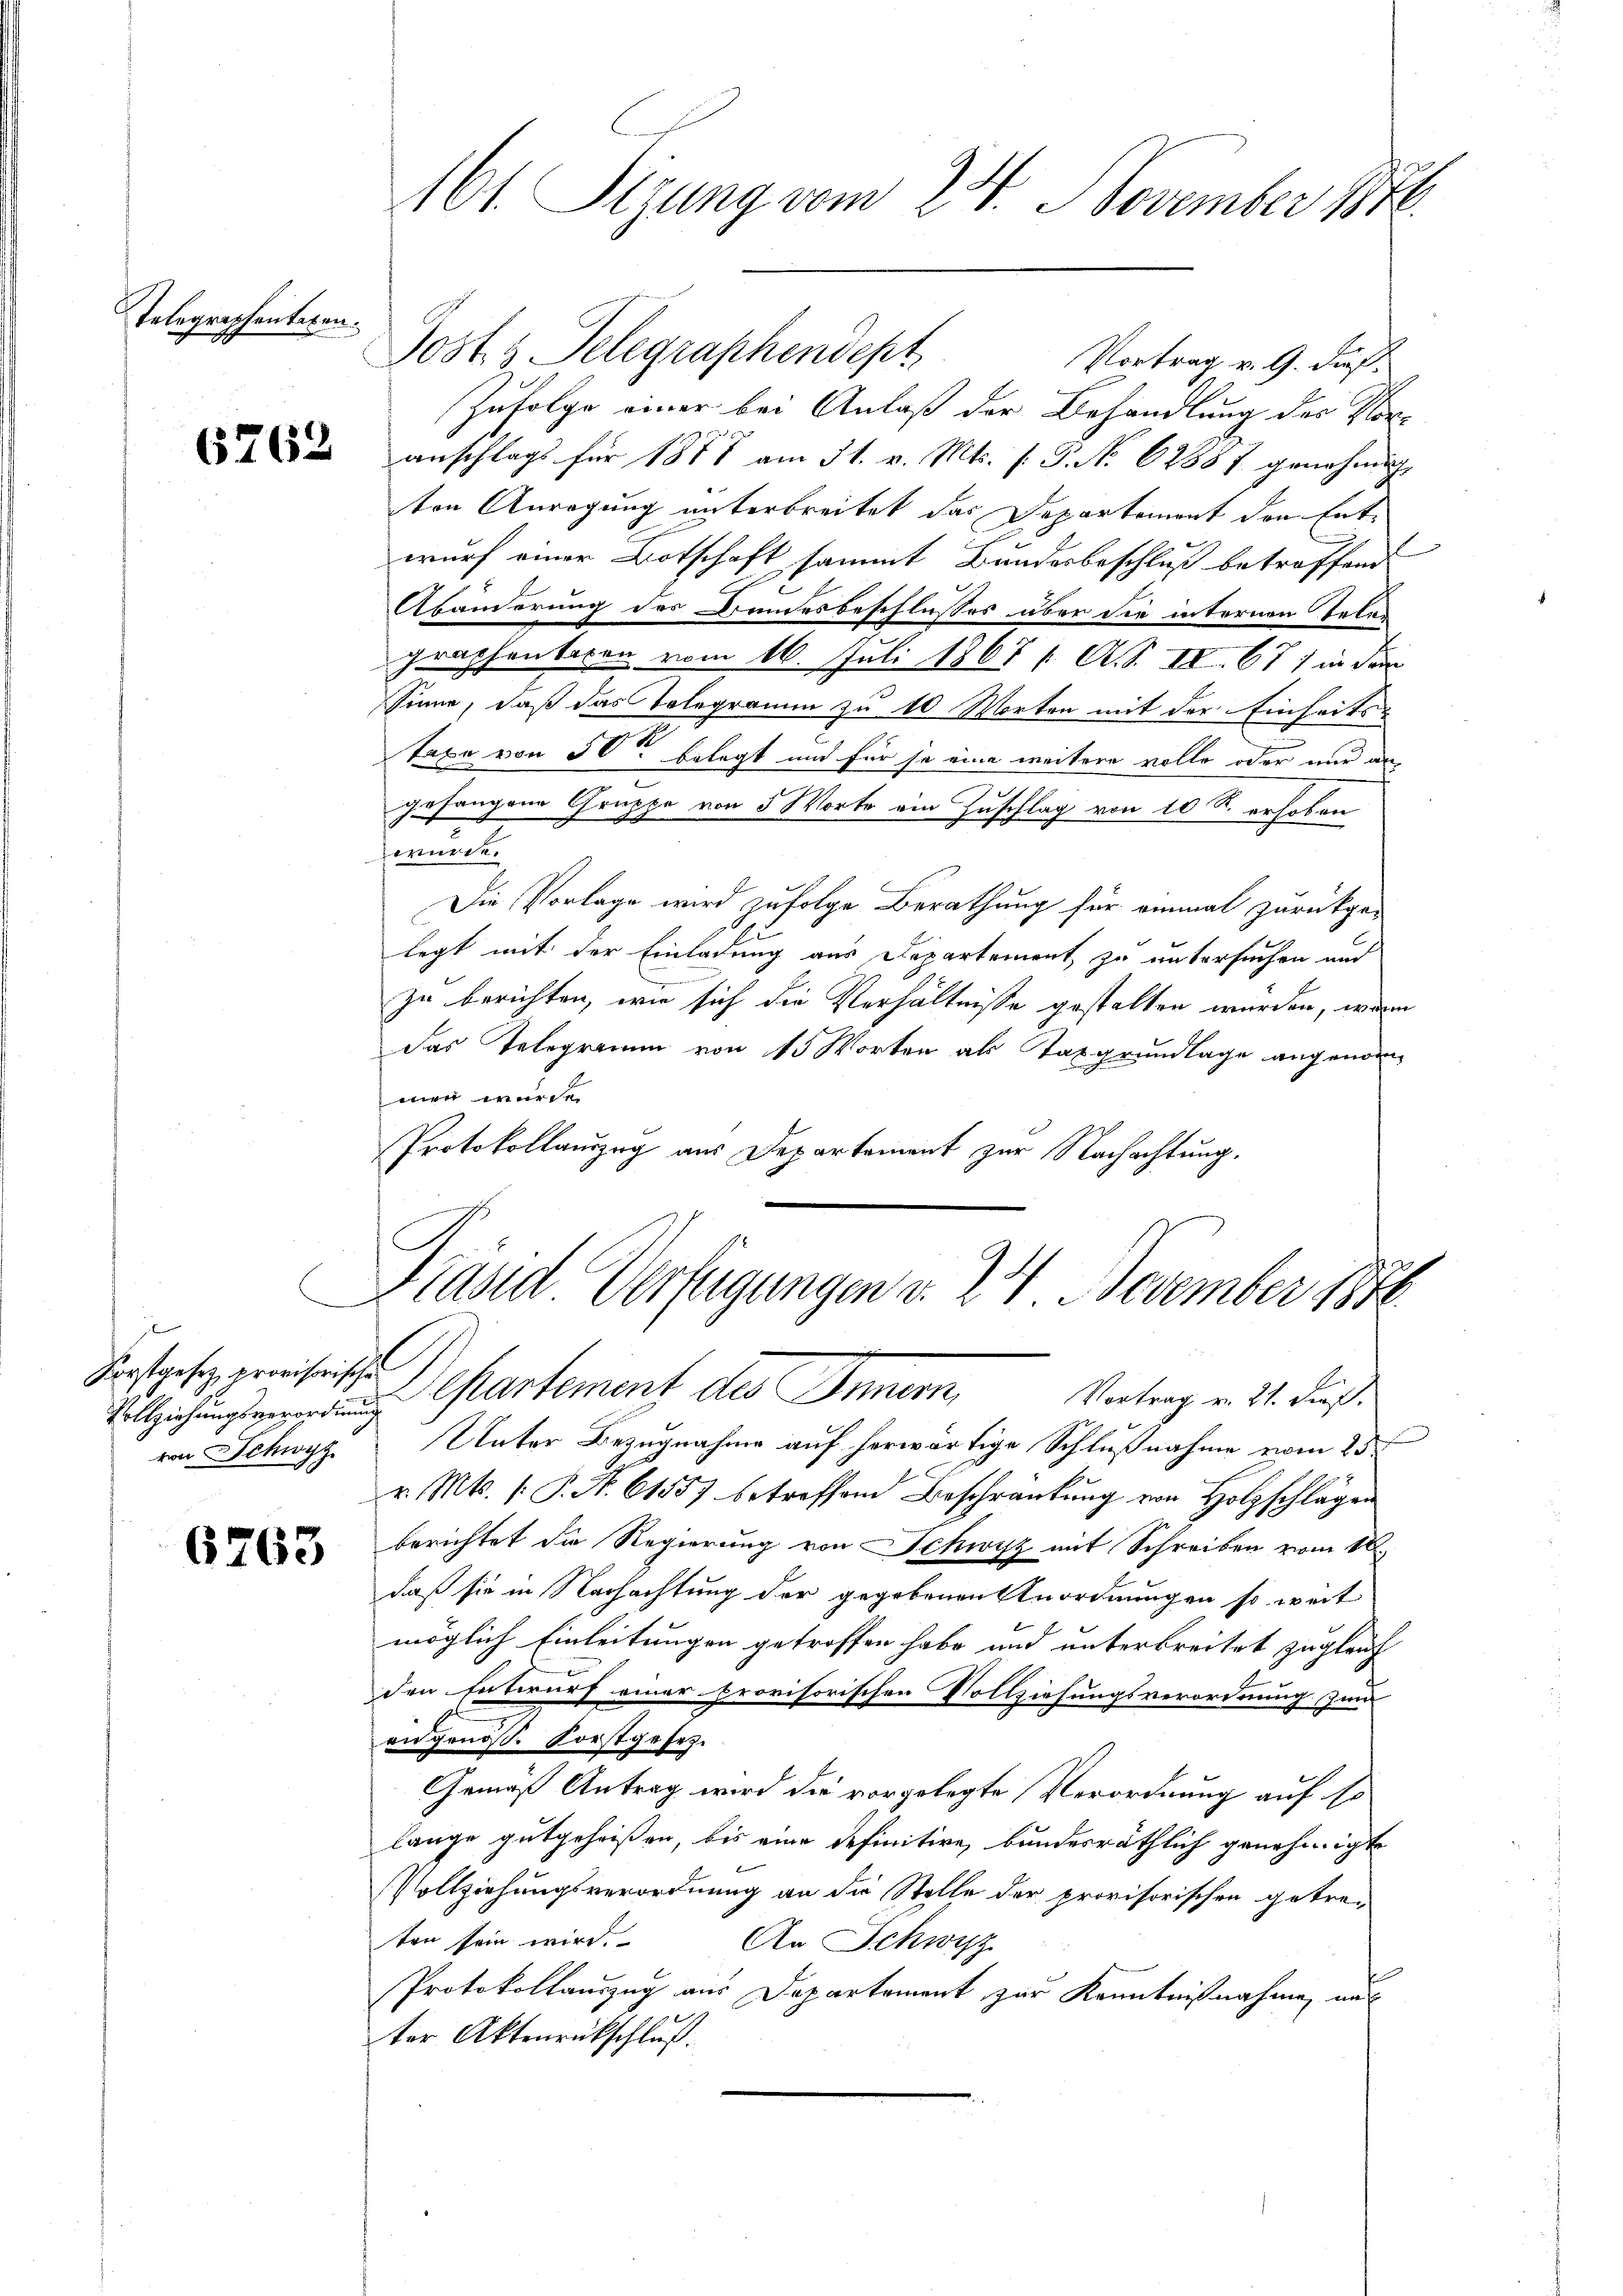
Telographentexen.

6763

Forstgesez provisorischen
von Schwyz

6763

u

Vortrag v. 9. dies
Zufolge einer bei Anlaß der Behandlung des Vor-
anschlags für 1878 am 31. v. Mts. (: P. No 67887 genehmigt
ten Anregung unterbreitet das Departement den Entwurf einer Botschaft sammt Bundesbeschluß betreffend
Abänderung des Bundesbeschlusses über die internen Teler
graphenbecen vom 16. Juli 1867 / A. S. II 677 in dem
Sinne, daß das Telegramm zu 10 Worten mit der Einheits¬
Taxe von 50 belegt und für je eine weitere volle oder nur angefangene Gruppe von 5 Worte ein Zuschlag von 10 R. erhoben
würde.
Die Vorlage wird zufolge Berathung für einmal zurückge-
legt mit der Einladung aus Departement zu untersuchen und
zu berichten, wie sich die Verhältnisse gestalten wurden, wenn
das Telegramm von 15 Worten als Taxgrundlage angenommen wurde
Protokollauszug aus Departement zur Nachachtung.

161. Sizung vom 24. November 1848.

Post 3 Telegraphendept

h
Stasd Verfügungen v. 24. November 1846.
i Cartement des Innern Vortrag v. 2. Fuß

Unter Bezugnahme auf herwärtige Schlußnahme vom 25t
v. Mts. (: P. N. 6155) betreffend Beschränkung von Holzschlägen
berichtet die Regierung von Schwyz mit Schreiben vom 18.
daß sie in Nachachtung der gegebenen Anordnungen so weit
möglich Einleitungen getroffen habe und unterbreitet zugleich
den Entwurf einer provisorischen Vollziehungsverordnung zum
an genoß. Forstgesez¬
Gemäß Antrag wird die vorgelegte Verordnung auf so
lange gutgeheißen, bis eine definitive bundesräthlich genehmigte
Vollziehungsverordnung an die Stelle der provisorischen getre-
ten sein wird. An Schwyz
Protokollauszug aus Departement zur Kenntnißnahme auf
ter Aktenrückschluß.